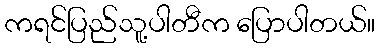
ကရင်ပြည်သူ့ပါတီက ပြောပါတယ်။